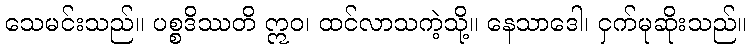
သေမင်းသည်။ ပစ္စဒိဿတိ ဣဝ၊ ထင်လာသကဲ့သို့။ နေသာဒေါ၊ ငှက်မုဆိုးသည်။